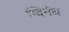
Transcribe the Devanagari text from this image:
ग्विनेथ